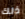
ذلك